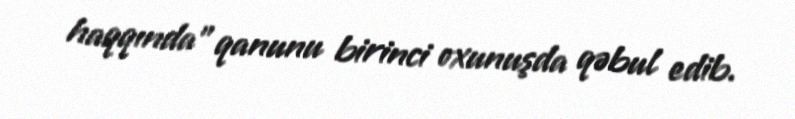
haqqında” qanunu birinci oxunuşda qəbul edib.